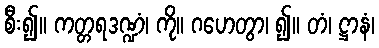
စီး၍။ ကတ္တရဒဏ္ဍံ၊ ကို။ ဂဟေတွာ၊ ၍။ တံ၊ ဋ္ဌာနံ၊